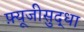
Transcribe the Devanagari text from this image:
फ़्यूजीसुद्धा